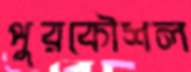
পুরকৌশল